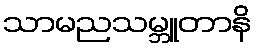
သာမညသမ္ဘူတာနိ